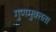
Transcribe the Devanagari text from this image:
गुणमुक्तता